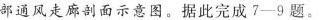
部通风走廊剖面示意图。据此完成7-9题。